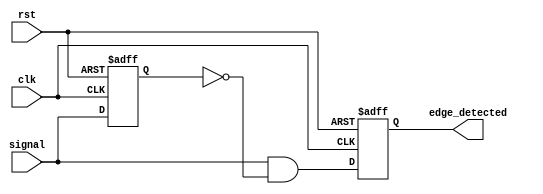
module rising_edge_detector (
    input wire clk,         // Clock signal
    input wire rst,         // Asynchronous reset signal
    input wire signal,      // Input signal to detect rising edge
    output reg edge_detected // Output signal indicating rising edge detected
);

    // Internal signal to hold the previous state of the input signal
    reg previous_signal;

    // Always block triggered on the rising edge of the clock
    always @(posedge clk or posedge rst) begin
        if (rst) begin
            // On reset, clear the output and previous signal
            edge_detected <= 1'b0;
            previous_signal <= 1'b0;
        end else begin
            // Detect rising edge
            edge_detected <= (signal && !previous_signal);
            // Update the previous signal with the current input signal
            previous_signal <= signal;
        end
    end

endmodule